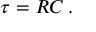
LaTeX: \tau = R C \, .